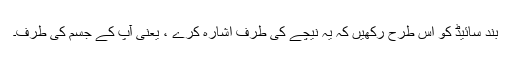
بند سائیڈ کو اس طرح رکھیں کہ یہ نیچے کی طرف اشارہ کرے ، یعنی آپ کے جسم کی طرف۔